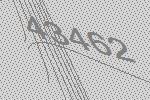
43462